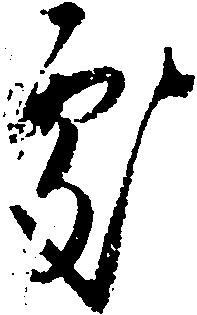
処